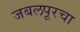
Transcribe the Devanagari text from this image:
जबलपूरचा